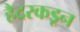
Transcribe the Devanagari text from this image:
हैदरकडून